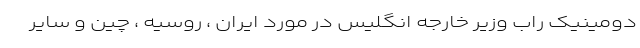
دومینیک راب وزیر خارجه انگلیس در مورد ایران ، روسیه ، چین و سایر